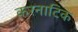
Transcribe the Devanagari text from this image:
करनाटिक